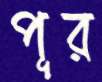
পূর